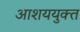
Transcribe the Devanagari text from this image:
आशययुक्‍त